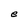
Character: e